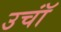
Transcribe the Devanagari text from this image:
उचॉं